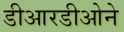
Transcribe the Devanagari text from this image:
डीआरडीओने